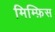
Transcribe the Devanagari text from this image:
मिम्फ़िस